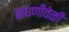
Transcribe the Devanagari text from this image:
बांधणीवेळी